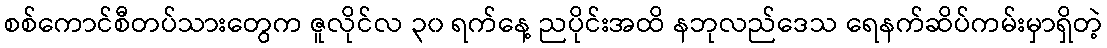
စစ်ကောင်စီတပ်သားတွေက ဇူလိုင်လ ၃၀ ရက်နေ့ ညပိုင်းအထိ နဘုလည်ဒေသ ရေနက်ဆိပ်ကမ်းမှာရှိတဲ့